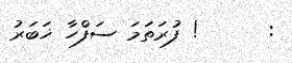
:      ! ފުރަތަމަ ސަފްހާ ޚަބަރު